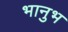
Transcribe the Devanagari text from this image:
भानुभ